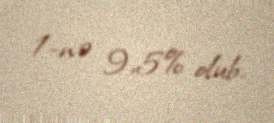
1-nə 9,5% olub.